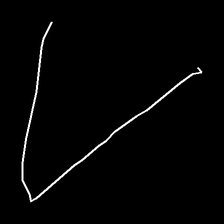
Glyph: region